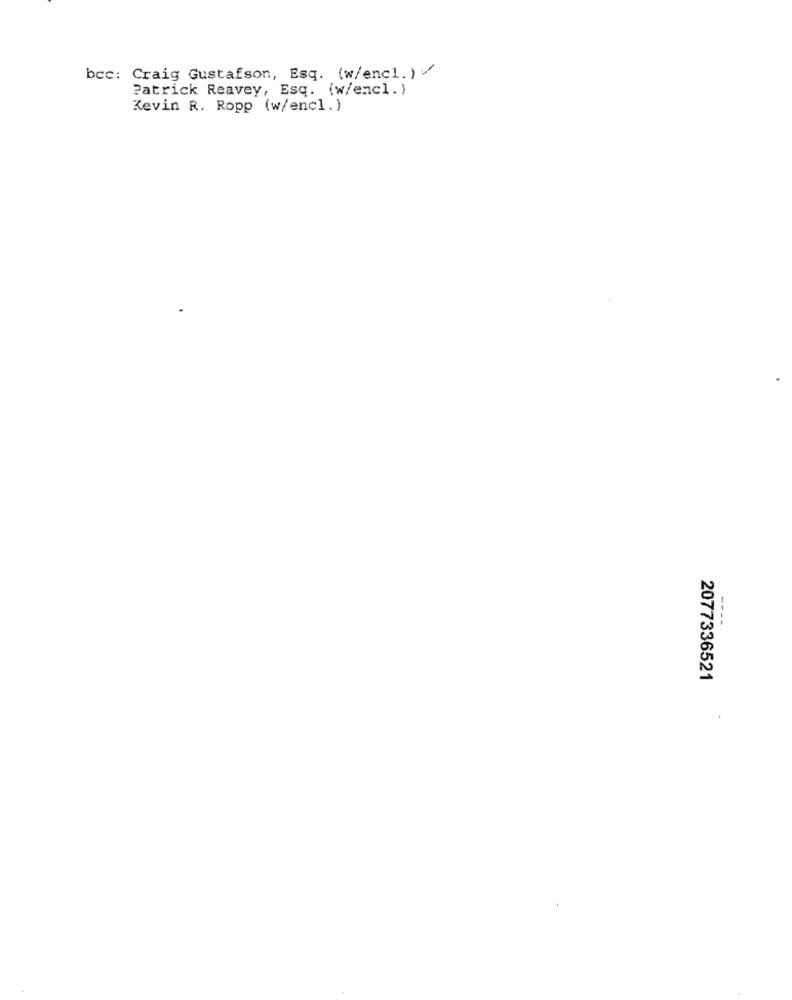
bcc: Craig Gustafson, Esq. (w/encl.)/
Patrick Reavey, Esq. (w/encl. }
Kevin R. Ropp (w/encl.)
----
2077336521